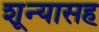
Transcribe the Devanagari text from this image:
शून्यासह